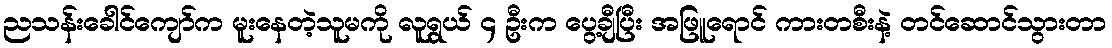
ညသန်းခေါင်ကျော်က မူးနေတဲ့သူမကို လူရွယ် ၄ ဦးက ပွေ့ချီပြီး အဖြူရောင် ကားတစီးနဲ့ တင်ဆောင်သွားတာ